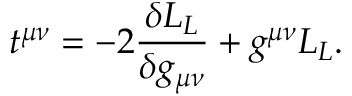
t ^ { \mu \nu } = - 2 { \frac { \delta { \cal L } _ { L } } { \delta g _ { \mu \nu } } } + g ^ { \mu \nu } { \cal L } _ { L } .